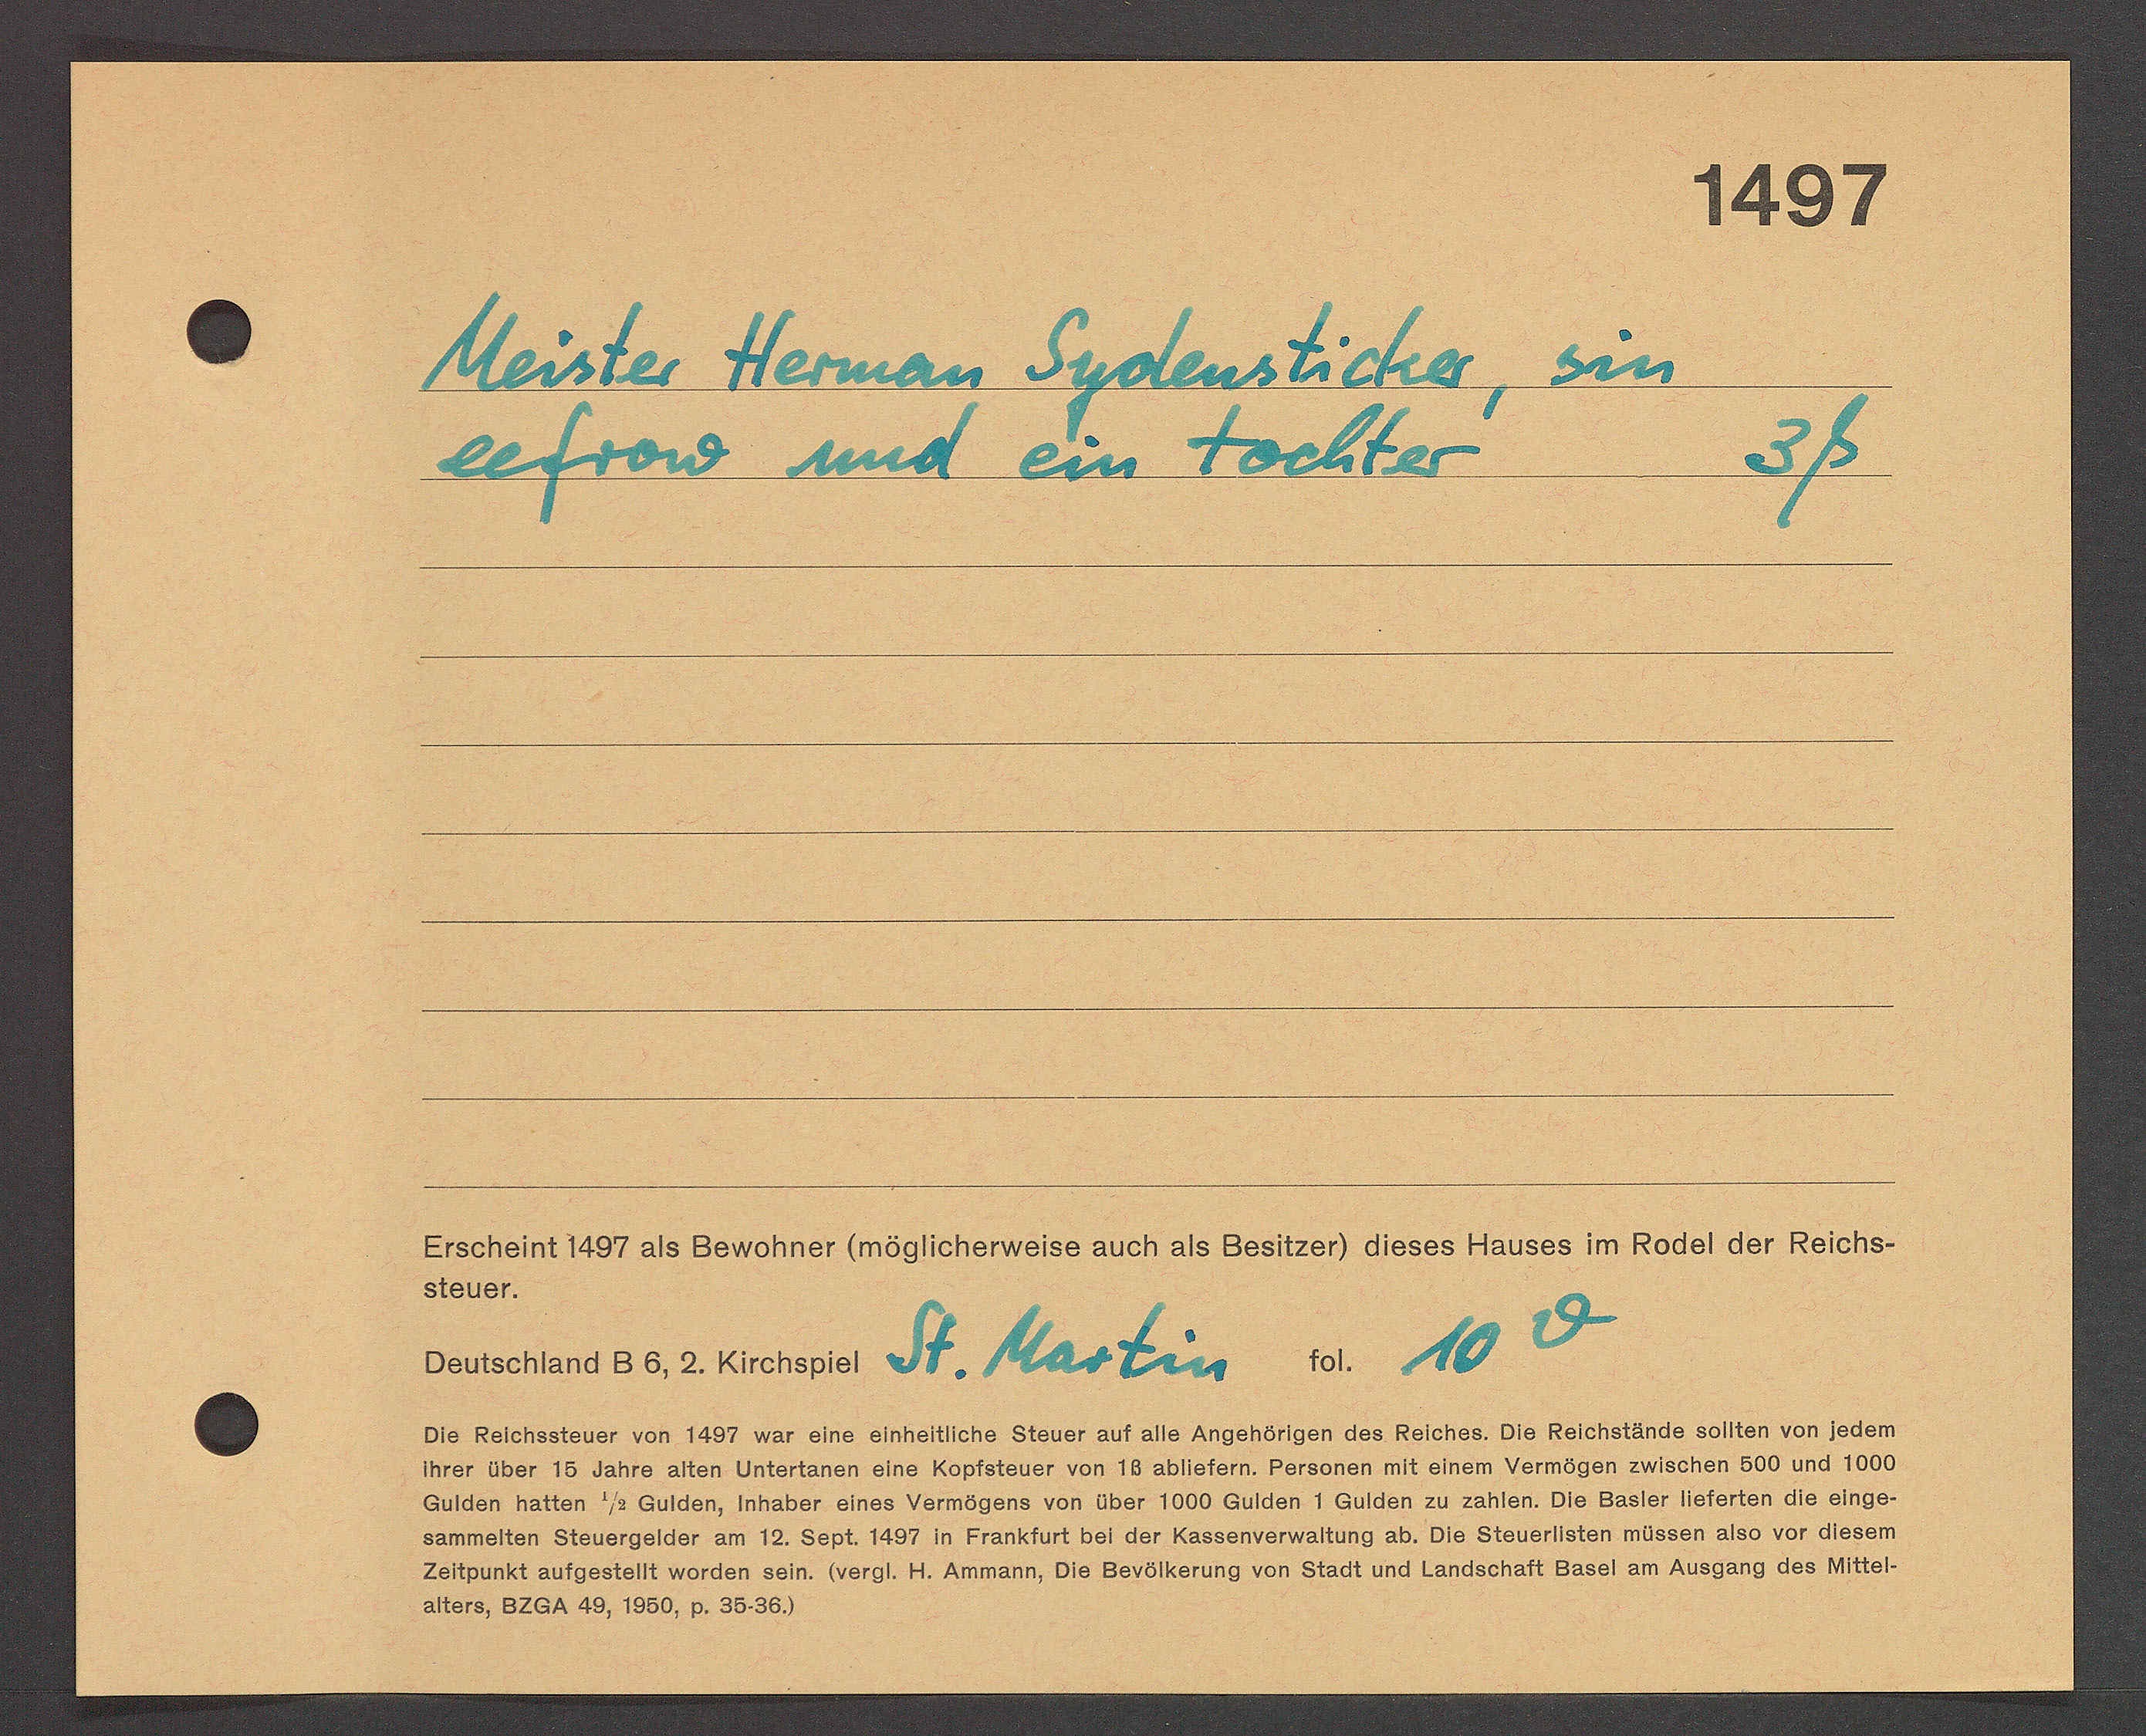
Transcript:
Meister Herman Sydensticker, sin
eefrow und ein tochter 3ß
10 v
St. Martin